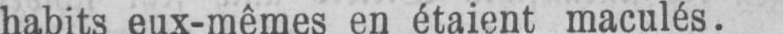
habits eux-mêmes en étaient maculés.